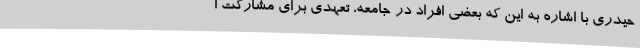
حیدری با اشاره به این که بعضی افراد در جامعه، تعهدی برای مشارکت ا